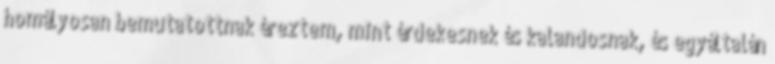
homályosan bemutatottnak éreztem, mint érdekesnek és kalandosnak, és egyáltalán